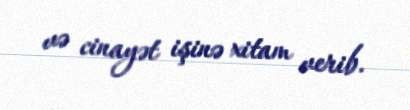
və cinayət işinə xitam verib.